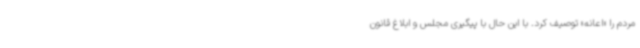
مردم را «اعانه» توصیف کرد. با این حال با پیگیری مجلس و ابلاغ قانون